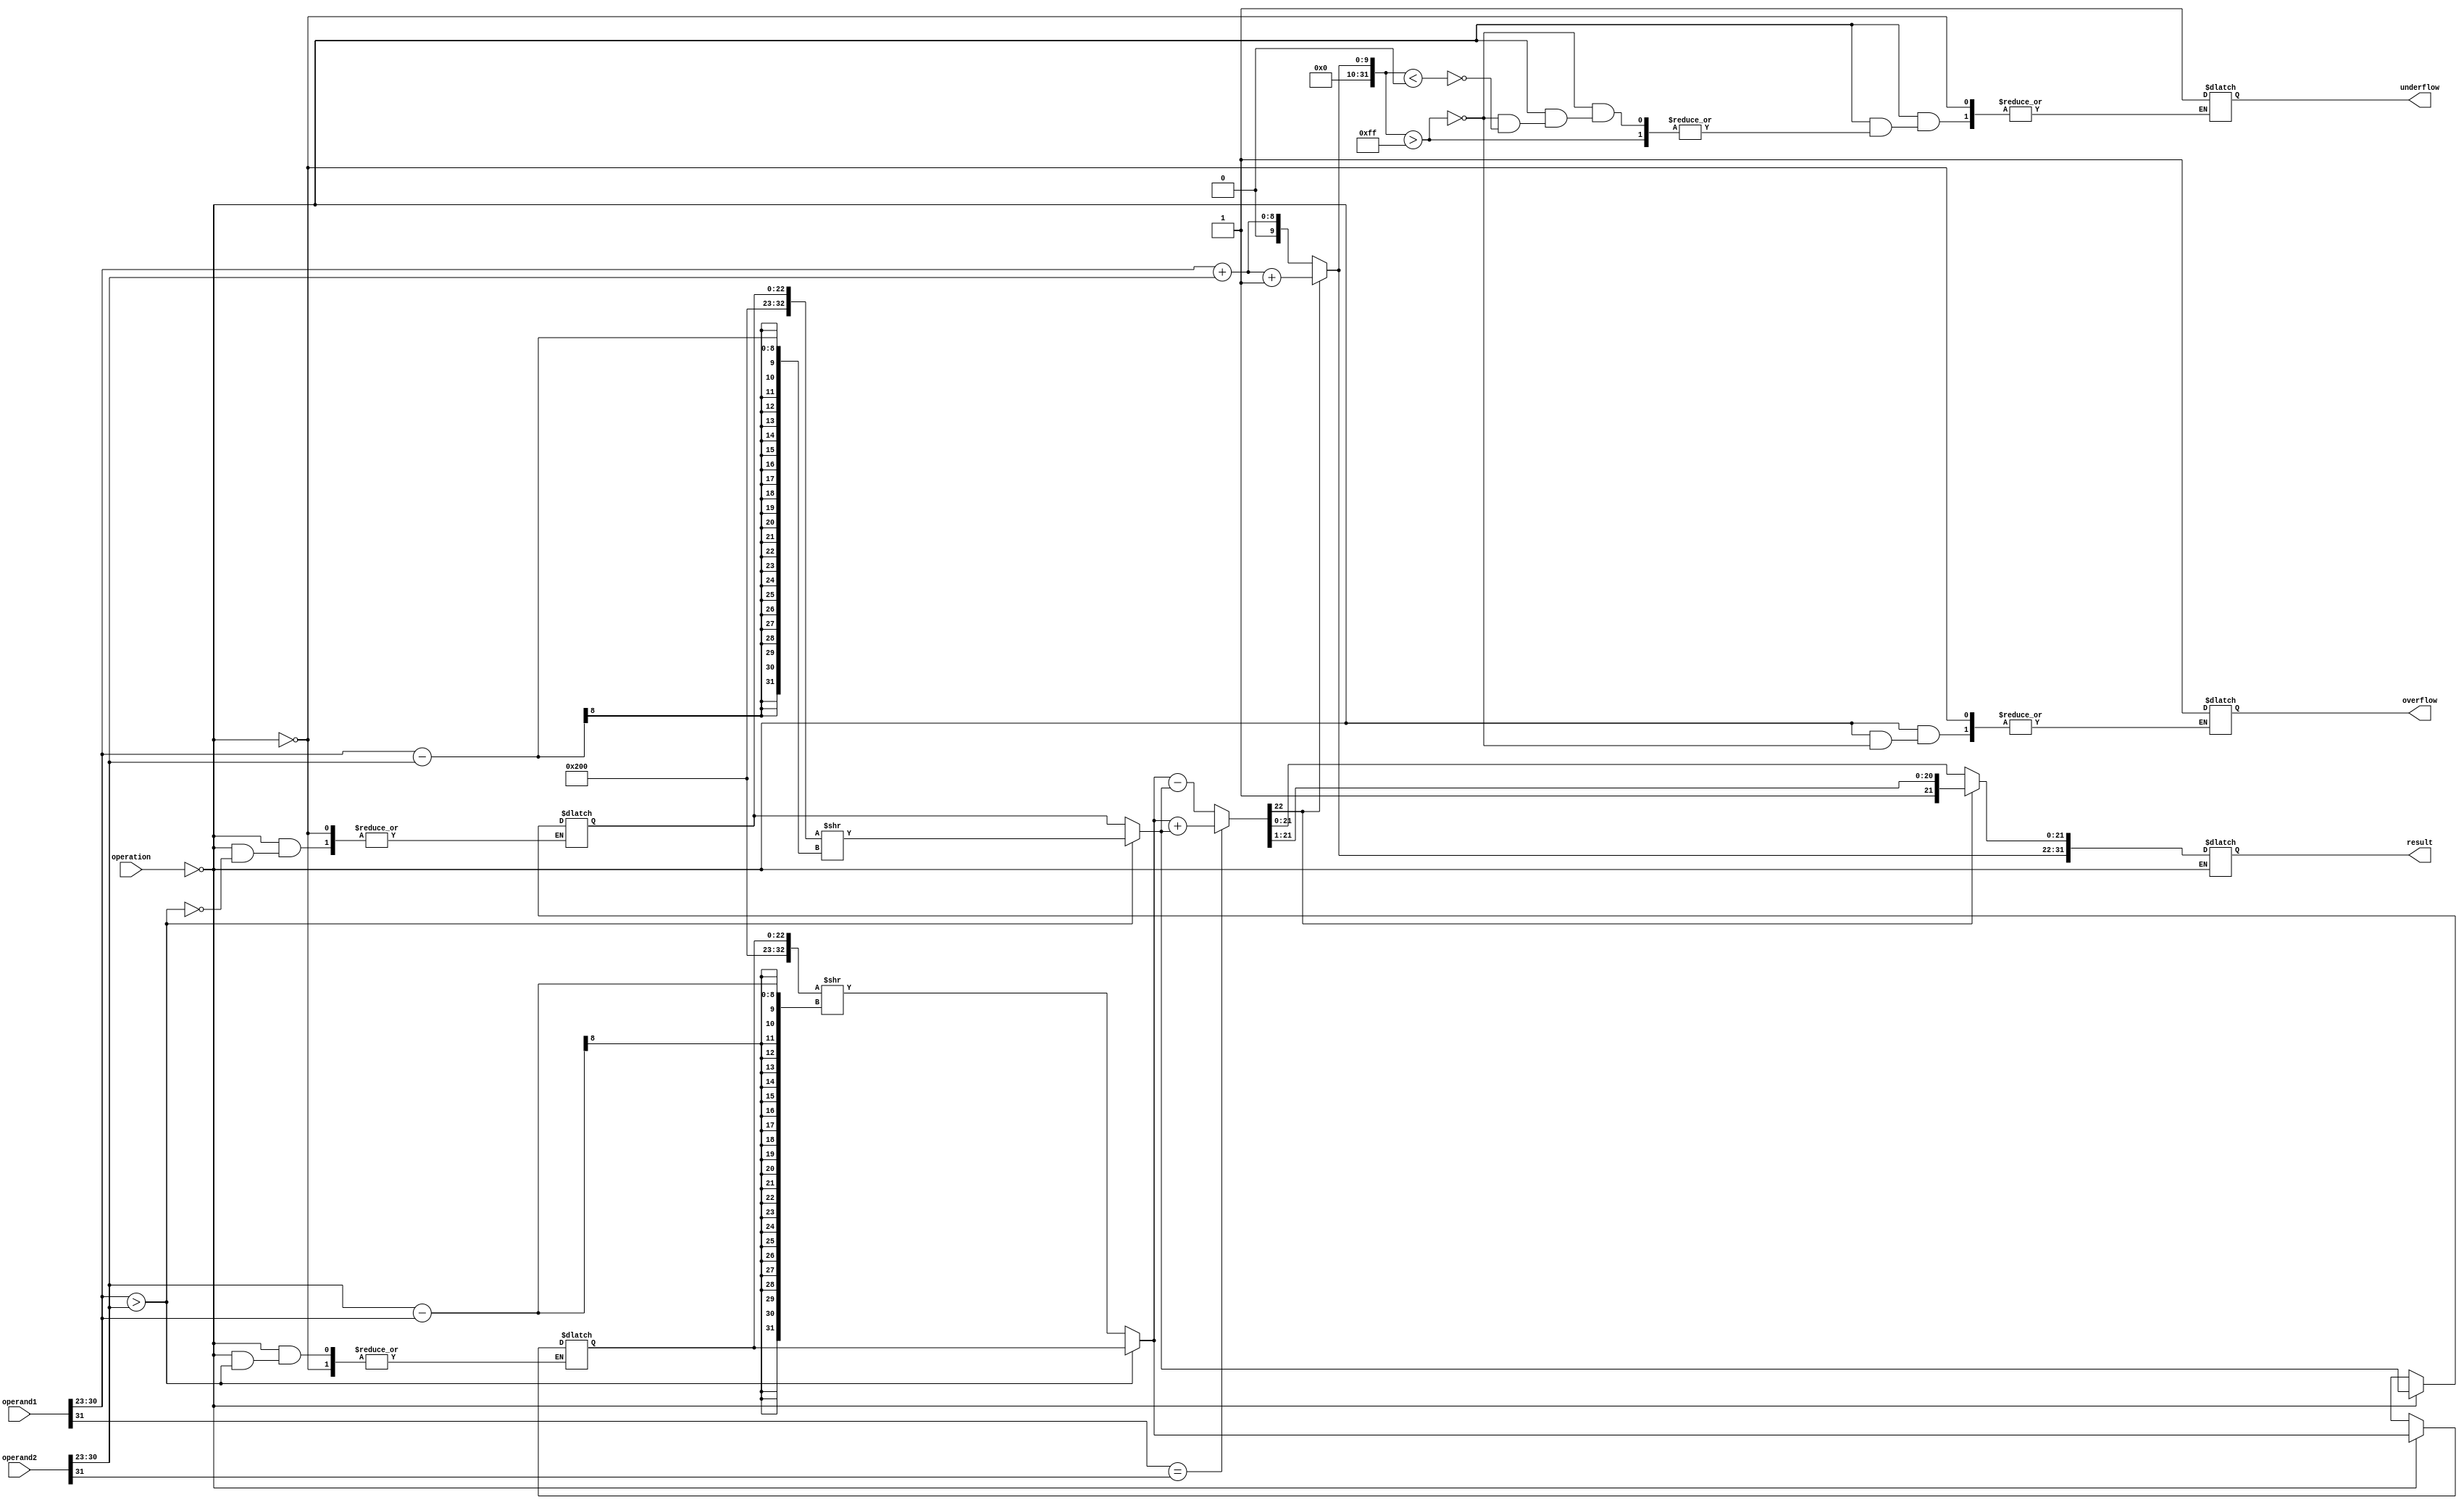
module floating_point_ALU (
    input [31:0] operand1,
    input [31:0] operand2,
    input [1:0] operation,
    output reg [31:0] result,
    output reg overflow,
    output reg underflow,
);

reg [31:0] exponent1, exponent2, fraction1, fraction2;
reg sign1, sign2, sign_result;
reg [31:0] exponent_result, fraction_result;

// Separate the operands into sign, exponent, and fraction
assign sign1 = operand1[31];
assign sign2 = operand2[31];
assign sign_result = 0;

assign exponent1 = operand1[30:23];
assign exponent2 = operand2[30:23];

assign fraction1 = operand1[22:0];
assign fraction2 = operand2[22:0];

// Perform the specified arithmetic operation
always @(*)
begin
    case(operation)
        2'b00: // Addition operation
        begin
            // Add the exponents
            exponent_result = exponent1 + exponent2;

            // Shift fractions and align exponents
            if(exponent1 > exponent2)
            begin
                fraction2 = {1'b1, fraction2} >> (exponent1 - exponent2);
            end
            else
            begin
                fraction1 = {1'b1, fraction1} >> (exponent2 - exponent1);
            end
            
            // Perform addition on fractions
            if(sign1 == sign2)
            begin
                fraction_result = fraction1 + fraction2;
            end
            else
            begin
                fraction_result = fraction1 - fraction2;
            end

            // Normalize the result
            if(fraction_result[22] == 1)
            begin
                fraction_result = fraction_result >> 1;
                exponent_result = exponent_result + 1;
            end

            // Check for overflow and underflow
            if(exponent_result > 255)
            begin
                overflow = 1;
            end
            else if(exponent_result < 0)
            begin
                underflow = 1;
            end

            // Combine sign, exponent, and fraction for the result
            result = {sign_result, exponent_result, fraction_result[21:0]};
        end

        // Add other arithmetic operations here

    endcase
end

endmodule